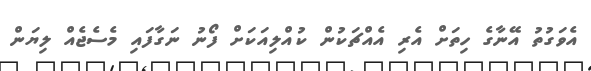
އެވަގުތު އޭނާގެ ހިތަށް އެރި އެއްޗަކުން ކުއްލިއަކަށް ފޯނު ނަގާފައި މެސެޖެއް ލިޔަން